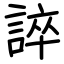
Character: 誶